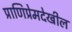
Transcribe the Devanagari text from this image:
प्राणिप्रेमदेखील